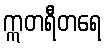
ဣတရီတရေ